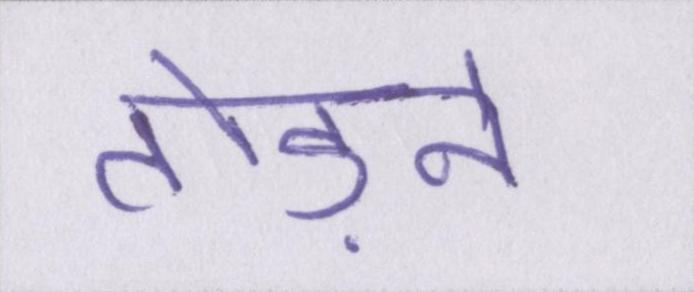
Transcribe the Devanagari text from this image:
तोड़ने